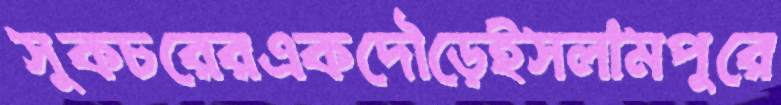
সুকচরেরএকদৌড়েইসলামপুরে